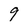
Character: 9